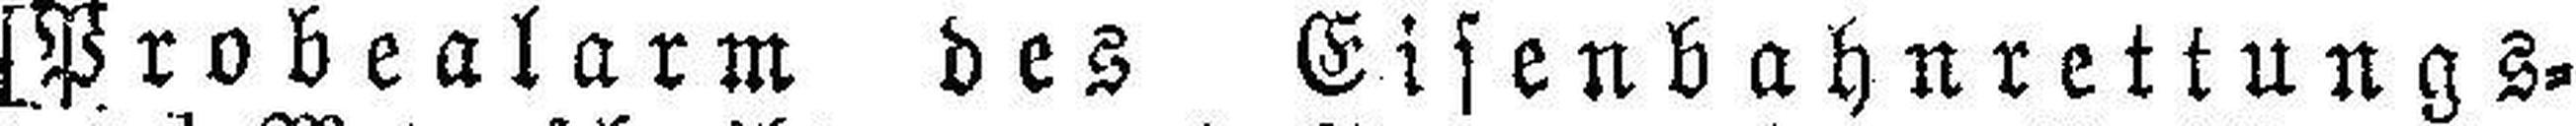
[Probealarm des Eisenbahnrettungs¬